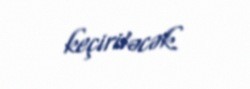
keçiriləcək.